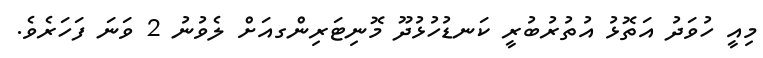
މިއީ ހުވަދު އަތޮޅު އުތުރުބުރީ ކަނޑުހުޅުދޫ މޮނިޓަރިންގއަށް ލެވުނު 2 ވަނަ ފަހަރެވެ.